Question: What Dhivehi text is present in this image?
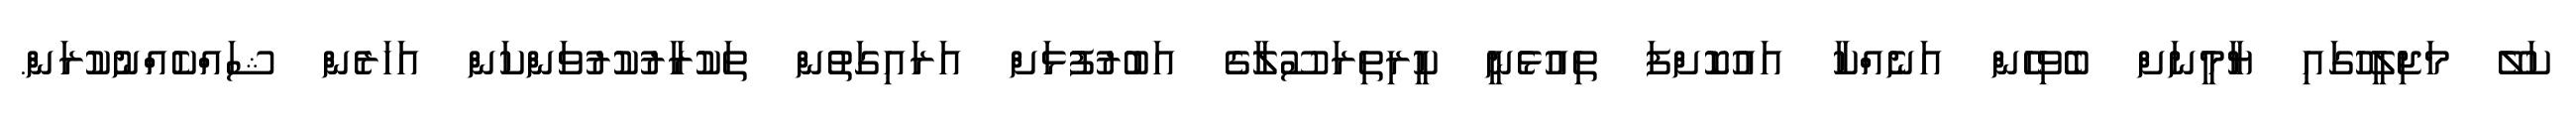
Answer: ކަލޭ މަޖިލީހުގައި ޔާމީނަށް ބެވިހެން އަނެއްކާ އައުކޮށްފަ ތިއުޅެނީ ކީރިތިރަސޫލާގެ އަބުރުފުޅަށް އަރައިގަތުން ތަކުރާރުކުރުވަންކަން އަހަރެން ޝައްކެއްނުކުރަން.